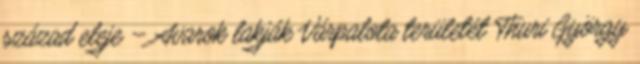
század eleje – Avarok lakják Várpalota területét Thuri György